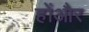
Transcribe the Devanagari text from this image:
होंऔर